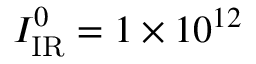
I _ { \mathrm { I R } } ^ { 0 } = 1 \times 1 0 ^ { 1 2 }